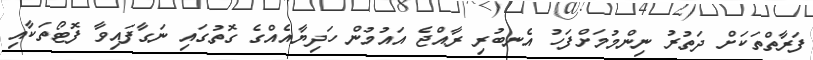
ފަރާތްތަކަށް ދަތުރު ނިންމުމަށްފަހު އެނބުރި ރާއްޖެ އައުމުން ހަދިޔާއެއްގެ ގޮތުގައި ނަގާފައިވާ ފޮޓޯތަކާއި